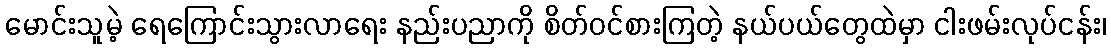
မောင်းသူမဲ့ ရေကြောင်းသွားလာရေး နည်းပညာကို စိတ်ဝင်စားကြတဲ့ နယ်ပယ်တွေထဲမှာ ငါးဖမ်းလုပ်ငန်း၊